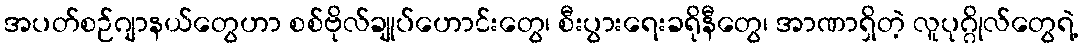
အပတ်စဉ်ဂျာနယ်တွေဟာ စစ်ဗိုလ်ချုပ်ဟောင်းတွေ၊ စီးပွားရေးခရိုနီတွေ၊ အာဏာရှိတဲ့ လူပုဂ္ဂိုလ်တွေရဲ့